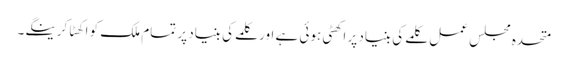
متحدہ مجلس عمل کلمے کی بنیاد پر اکھٹی ہوئی ہے اور کلمے کی بنیاد پر تمام ملک کو اکھٹا کرینگے۔